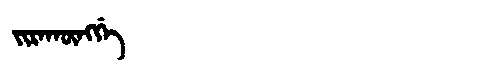
Manchu: ᠵᡳᡵᠠᡴᡡᠩᡤᡝ
Romanization: JIRAKŪNGGE